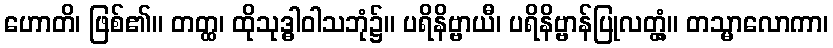
ဟောတိ၊ ဖြစ်၏။ တတ္ထ၊ ထိုသုဒ္ဓါဝါသဘုံ၌။ ပရိနိဗ္ဗာယီ၊ ပရိနိဗ္ဗာန်ပြုလတ္တံ့။ တသ္မာလောကာ၊